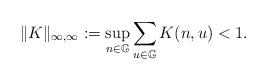
LaTeX: \begin{align*}\|K\|_{\infty,\infty}:=\sup_{n\in \mathbb{G}}\sum_{u\in \mathbb{G}}K(n,u)<1.\end{align*}